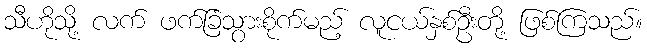
သီဟိုသို့ လက် ဖက်ခြံသွားစိုက်မည့် လူငယ်နှစ်ဦးတို့ ဖြစ်ကြသည်။